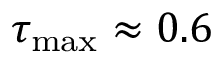
\tau _ { \operatorname* { m a x } } \approx 0 . 6